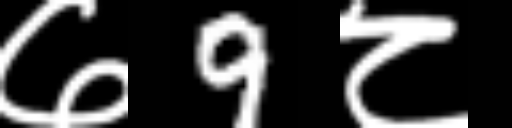
Text: ७9८